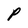
Character: P